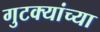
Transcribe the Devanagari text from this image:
गुटक्यांच्या